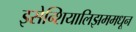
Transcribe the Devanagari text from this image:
इसेन्शियालिझममधून